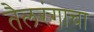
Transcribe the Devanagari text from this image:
तैलरंगाचा